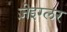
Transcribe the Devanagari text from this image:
ज़ेइग्लर